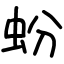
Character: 蚡